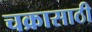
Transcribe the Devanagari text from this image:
चक्रासाठी